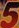
5